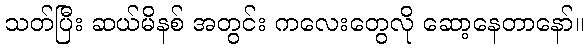
သတ်ပြီး ဆယ်မိနစ် အတွင်း ကလေးတွေလို ဆော့နေတာနော်။